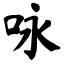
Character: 咏